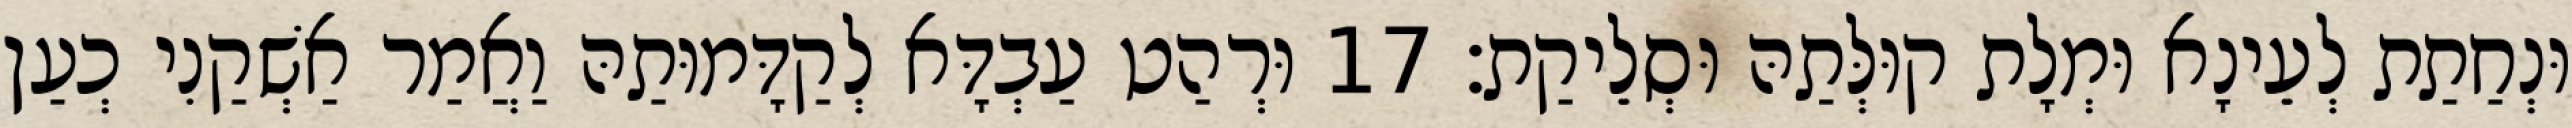
וּנְחַתַת לְעֵינָא וּמְלָת קוּלְּתַהּ וּסְלֵיקַת׃ 17 וּרְהַט עַבְדָּא לְקַדָּמוּתַהּ וַאֲמַר אַשְׁקַנִי כְעַן